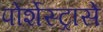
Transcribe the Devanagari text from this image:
पोर्शेस्ट्रासे